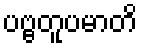
ပဗ္ဗတူပမာတိ